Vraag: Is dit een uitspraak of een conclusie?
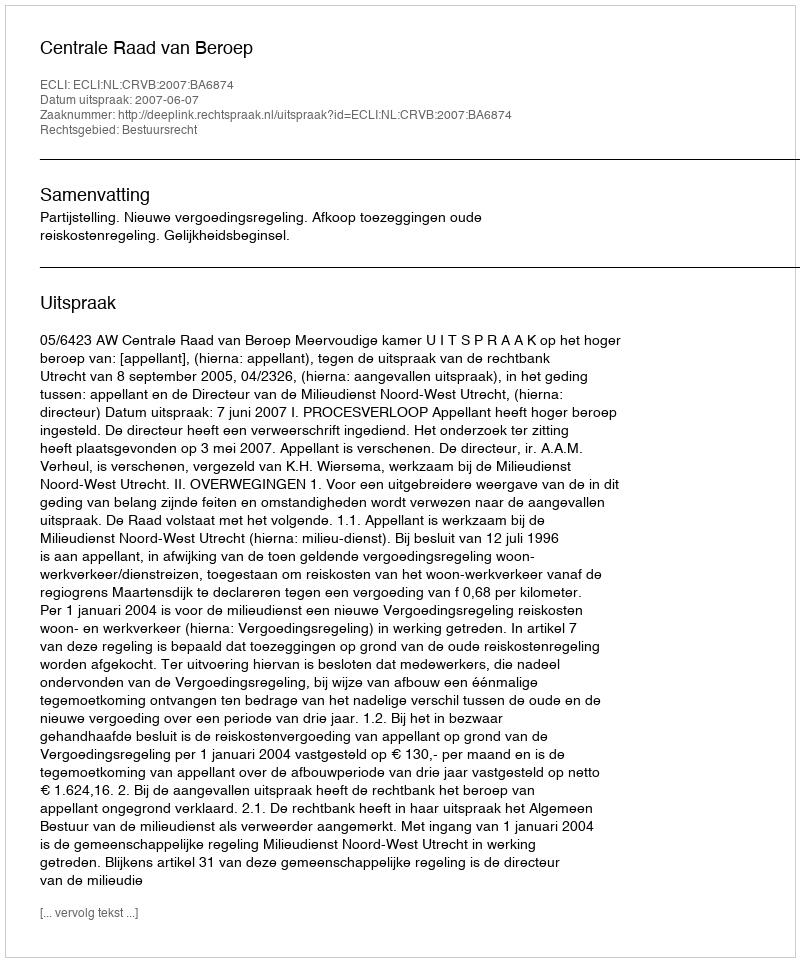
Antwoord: Uitspraak